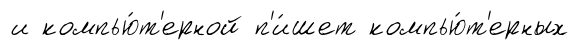
и компью́т'ерной п'и́шет компью́т'ерных